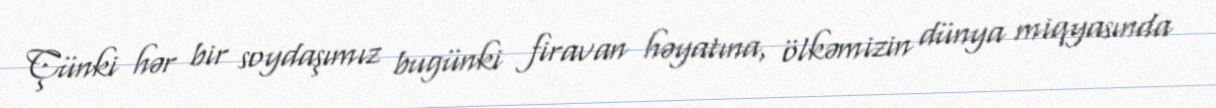
Çünki hər bir soydaşımız bugünki firavan həyatına, ölkəmizin dünya miqyasında